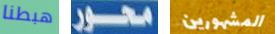
هبطنا محور المشهورين